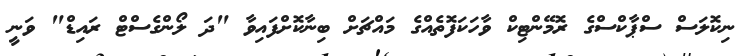
ނިކޮލަސް ސްޕާކްސްގެ ރޮމޭންޓިކް ވާހަކަފޮތެއްގެ މައްޗަށް ބިނާކޮށްފައިވާ "ދަ ލޯންގެސްޓް ރައިޑް" ވަނީ